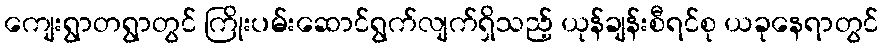
ကျေးရွာတရွာတွင် ကြိုးပမ်းဆောင်ရွက်လျက်ရှိသည့် ယုန်ချန်းစီရင်စု ယခုနေရာတွင်